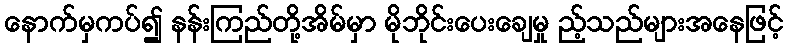
နောက်မှကပ်၍ နန်းကြည်တို့အိမ်မှာ မိုဘိုင်းပေးချေမှု ည့်သည်များအနေဖြင့်